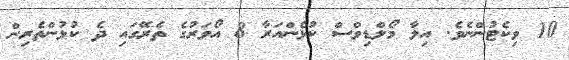
10 ވިކެޓުންނެވެ. އިލާ މޯލްޑިވްސް ކުޅެންއަރާ 8 އޯވަރުގެ ތެރޭގައި ދެ ކުޅުންތެރިން